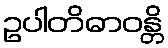
ဥပါတိဓာဝန္တိ